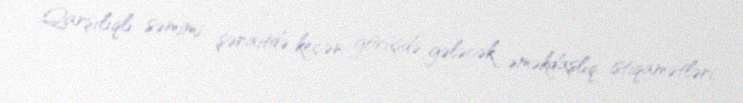
Qarşılıqlı səmimi şəraitdə keçən görüşdə gələcək əməkdaşlıq istiqamətləri,